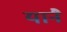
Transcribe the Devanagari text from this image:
यानै